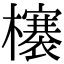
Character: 𣟋